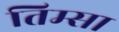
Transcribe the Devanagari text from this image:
तिम्सा